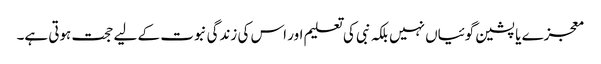
معجزے یا پشین گوئیاں نہیں بلکہ نبی کی تعلیم اور اس کی زندگی نبوت کے لیے حجت ہوتی ہے۔